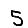
Digit: 5